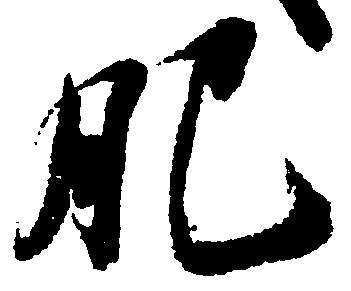
肥